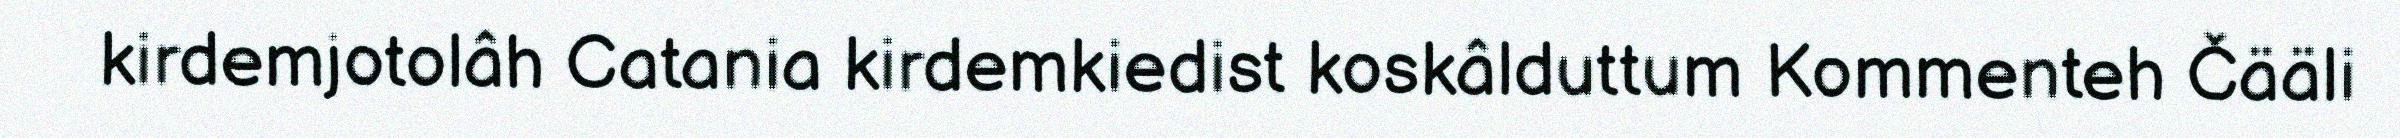
kirdemjotolâh Catania kirdemkiedist koskâlduttum Kommenteh Čääli